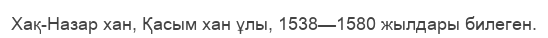
Хақ-Назар хан, Қасым хан ұлы, 1538—1580 жылдары билеген.